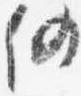
仍